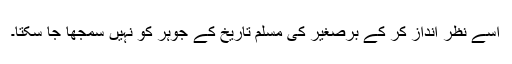
اسے نظر انداز کر کے برّصغیر کی مسلم تاریخ کے جوہر کو نہیں سمجھا جا سکتا۔